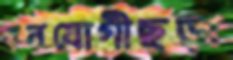
বনযোগীছড়া